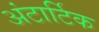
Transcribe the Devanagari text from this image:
अंटार्टिक